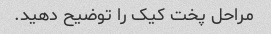
مراحل پخت کیک را توضیح دهید.